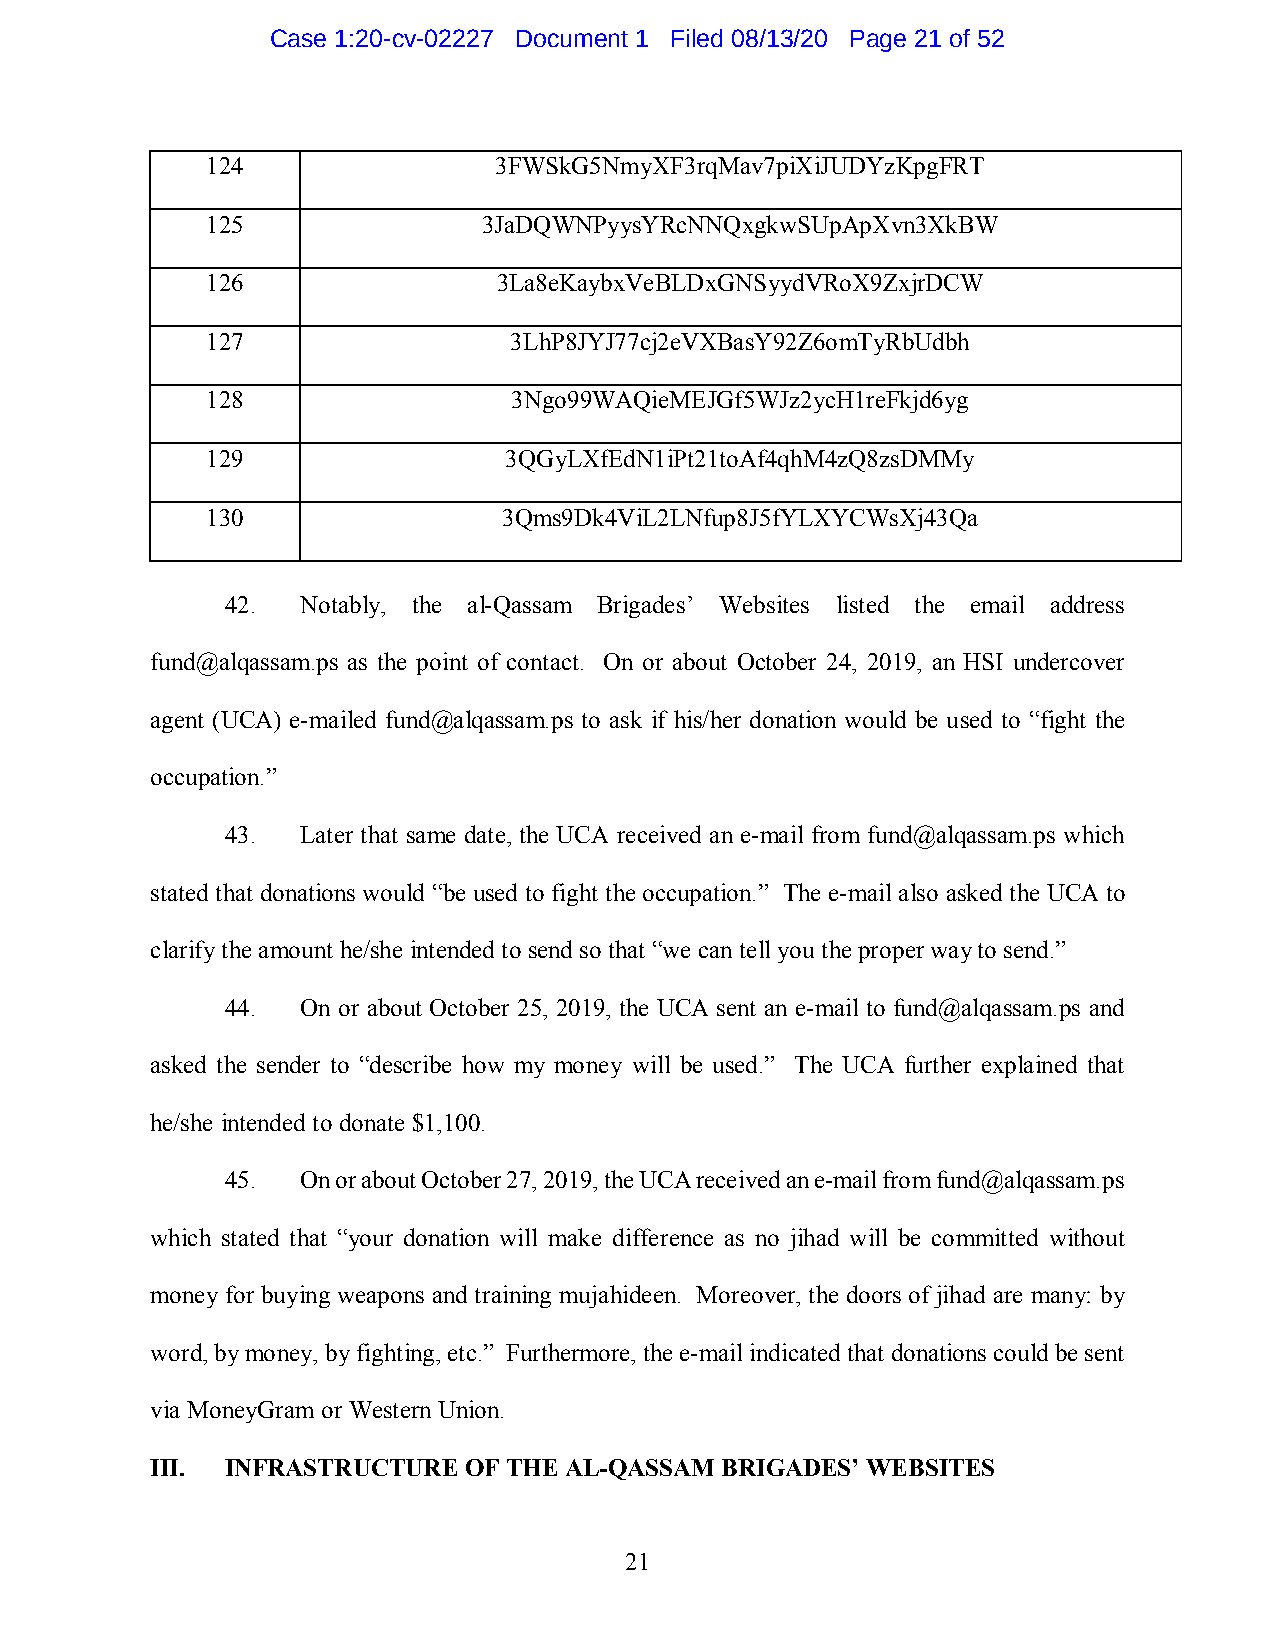
Case 1:20-cv-02227 Document 1 Filed 08/13/20 Page 21 of 52
 124                3FWSkG5NmyXF3rqMav7piXiJUDYzKpgFRT
 125               3JaDQWNPyysYRcNNQxgkwSUpApXvn3XkBW
 126                3La8eKaybxVeBLDxGNSyydVRoX9ZxjrDCW
 127                 3LhP8JYJ77cj2eVXBasY92Z6omTyRbUdbh
 128                 3Ngo99WAQieMEJGf5WJz2ycH1reFkjd6yg
 129                3QGyLXfEdN1iPt21toAf4qhM4zQ8zsDMMy
 130                3Qms9Dk4ViL2LNfup8J5fYLXYCWsXj43Qa
 42.  Notably, the al-Qassam Brigades’ Websites listed the email address
 fund@alqassam.ps as the point of contact. On or about October 24, 2019, an HSI undercover
 agent (UCA) e-mailed fund@alqassam.ps to ask if his/her donation would be used to “fight the
 occupation.”
 43.  Later that same date, the UCA received an e-mail from fund@alqassam.ps which
 stated that donations would “be used to fight the occupation.” The e-mail also asked the UCA to
 clarify the amount he/she intended to send so that “we can tell you the proper way to send.”
 44.  On or about October 25, 2019, the UCA sent an e-mail to fund@alqassam.ps and
 asked the sender to “describe how my money will be used.” The UCA further explained that
 he/she intended to donate $1,100.
 45.  On or about October 27, 2019, the UCA received an e-mail from fund@alqassam.ps
 which stated that “your donation will make difference as no jihad will be committed without
 money for buying weapons and training mujahideen. Moreover, the doors of jihad are many: by
 word, by money, by fighting, etc.” Furthermore, the e-mail indicated that donations could be sent
 via MoneyGram or Western Union.
 III. INFRASTRUCTURE  OF THE AL-QASSAM BRIGADES’ WEBSITES
 21